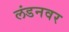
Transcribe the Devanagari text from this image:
लंडनवर